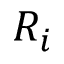
R _ { i }